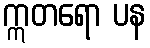
ဣတရော ပန